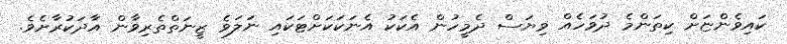
ކައިވެންޏަށް ކިތަންމެ ދުވަހެއް ވިޔަސް ދެމީހުން އެކަކު އެނަކަކަށްޓަކައި ނަލަވެ ޒީނަތްތެރިވާން އާދަކުރާށެވެ.